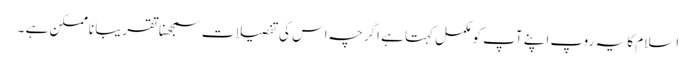
اسلام کا یہ روپ اپنے آپ کو مکمل کہتا ہے اگرچہ اس کی تفصیلات سمجھنا تقریباً ناممکن ہے ۔